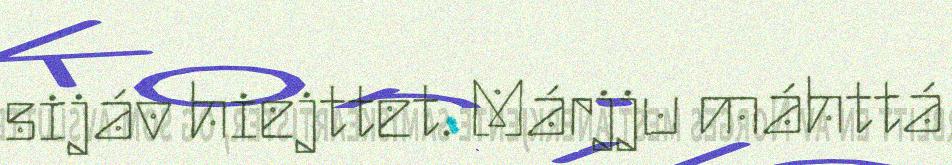
sijáv hiejttet. Márjju máhttá